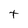
Character: t